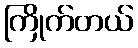
ကြိုက်တယ်